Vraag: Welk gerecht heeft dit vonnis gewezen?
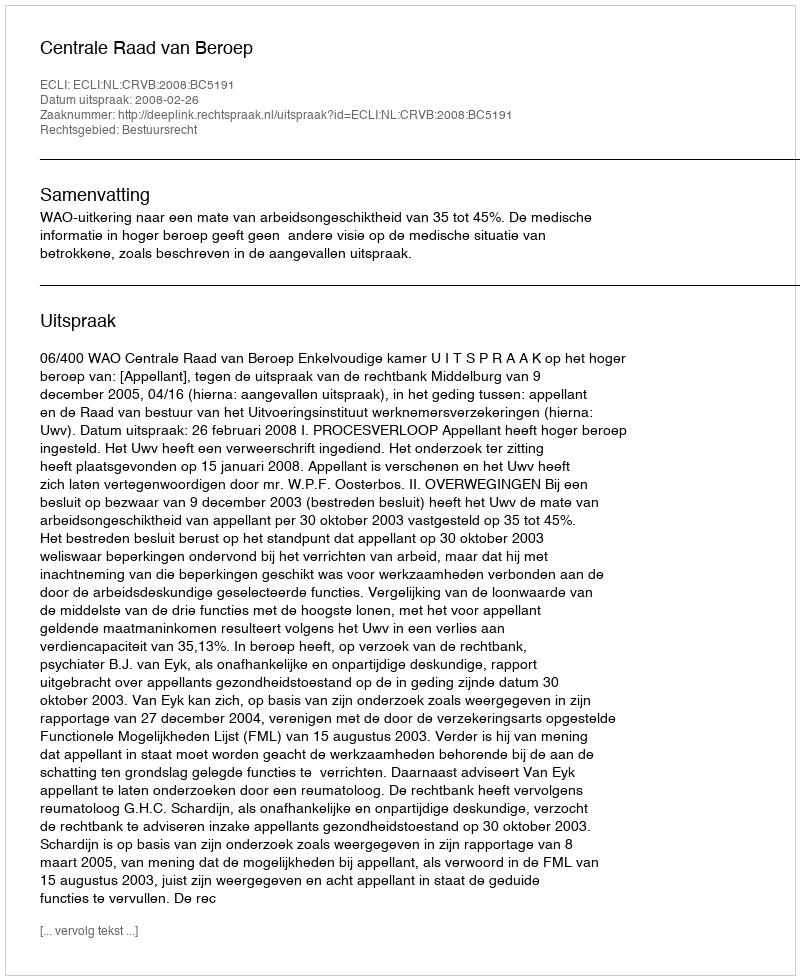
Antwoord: Centrale Raad van Beroep